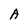
Character: A